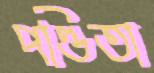
পণ্ডিতা